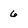
Character: 6